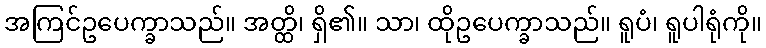
အကြင်ဥပေက္ခာသည်။ အတ္ထိ၊ ရှိ၏။ သာ၊ ထိုဥပေက္ခာသည်။ ရူပံ၊ ရူပါရုံကို။